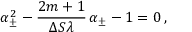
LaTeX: \alpha _ { \pm } ^ { 2 } - \frac { 2 m + 1 } { \Delta S \lambda } \, \alpha _ { \pm } - 1 = 0 \, ,